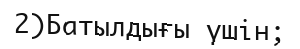
2)Батылдығы үшін;